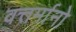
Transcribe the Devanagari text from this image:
वत्तर्मानो